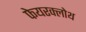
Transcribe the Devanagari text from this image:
फेयरक्लोथ